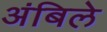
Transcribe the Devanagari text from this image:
अंबिले